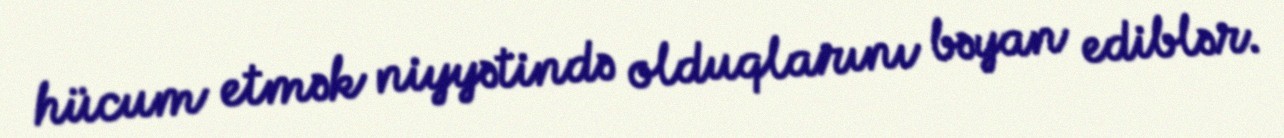
hücum etmək niyyətində olduqlarını bəyan ediblər.